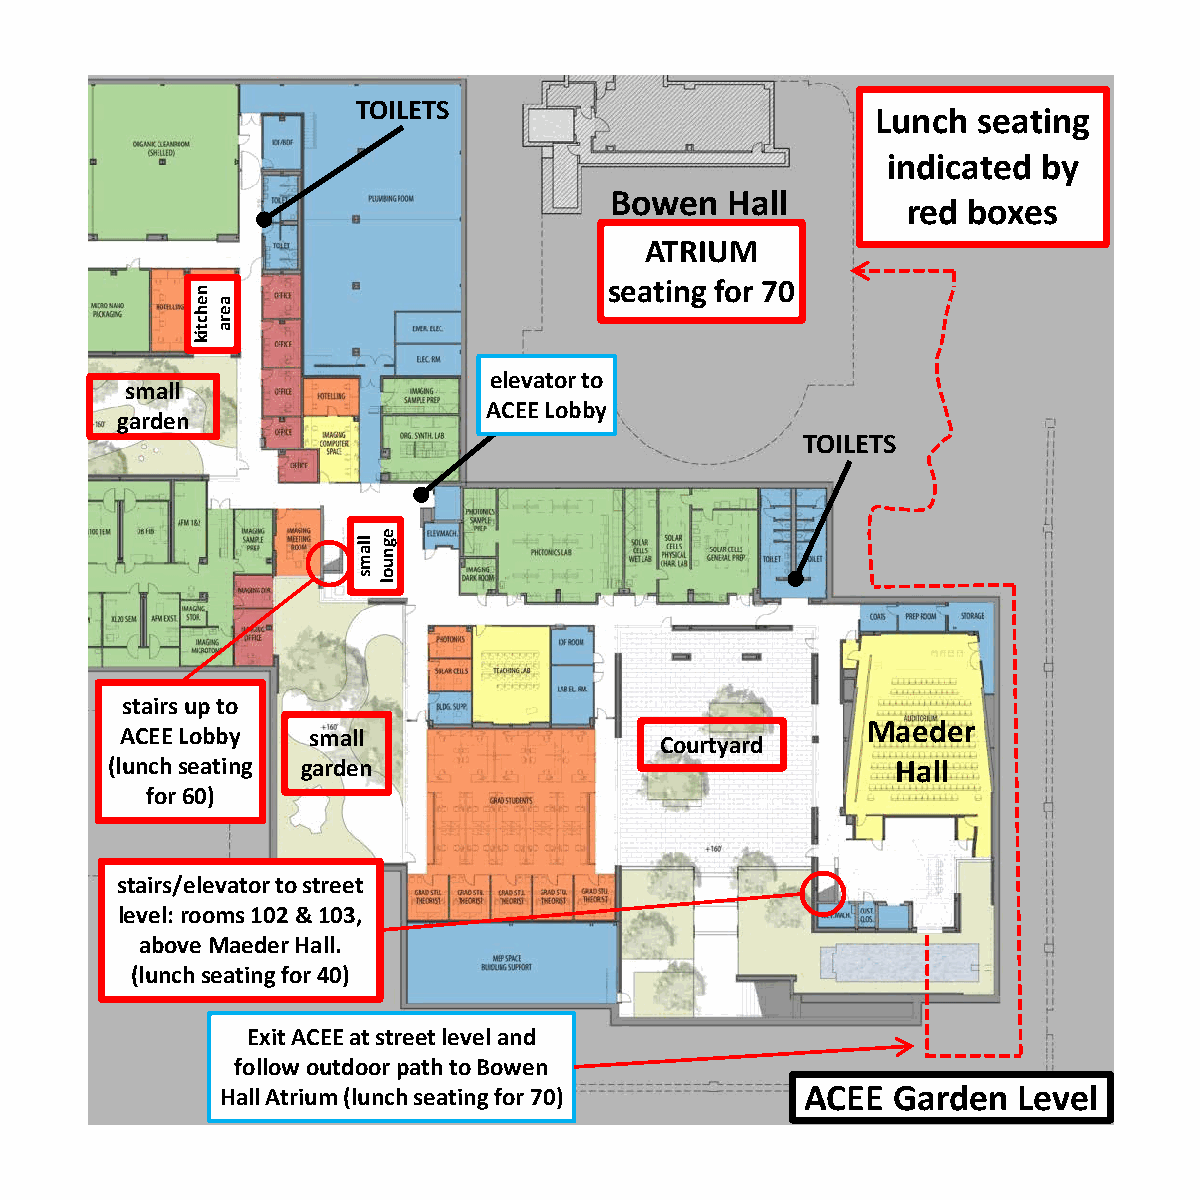
TOILETS
 Lunch  seating
 indicated by
 Bowen   Hall
 red boxes
 ATRIUM
 seating for 70
 elevator to
 small
 ACEE Lobby
 garden
 TOILETS
 stairs up to
 Maeder
 ACEE Lobby  small
 Courtyard
 (lunch seating garden                               Hall
 for 60)
 stairs/elevator to street
 level: rooms 102 & 103,
 above MaederHall.
 (lunch seating for 40)
 Exit ACEE at street level and
 follow outdoor path to Bowen
 Hall Atrium (lunch seating for 70)    ACEE  Garden  Level
 nehctik
 aera
 llams egnuol